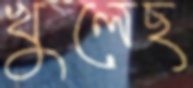
খুলেছ